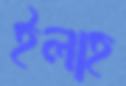
ইলাহ